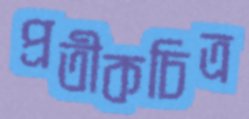
প্রতীকচিত্র